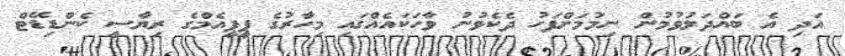
އަދި އެ ބައްދަލުވުމުން ނިމުމަށްފަހު ދެކެވުނު ވާހަކައެއްގައި މިހާރުގެ ޕީޕީއެމްގެ ރިޔާސީ ކެންޑިޑޭޓް